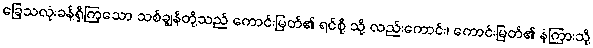
ခြေသလုံးခန့်ရှိကြသော သစ်ချွန်တို့သည် ကောင်းမြတ်၏ ရင်စို့ သို့ လည်းကောင်း၊ ကောင်းမြတ်၏ နံကြားသို့